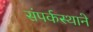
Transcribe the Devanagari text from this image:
संपर्कस्थाने